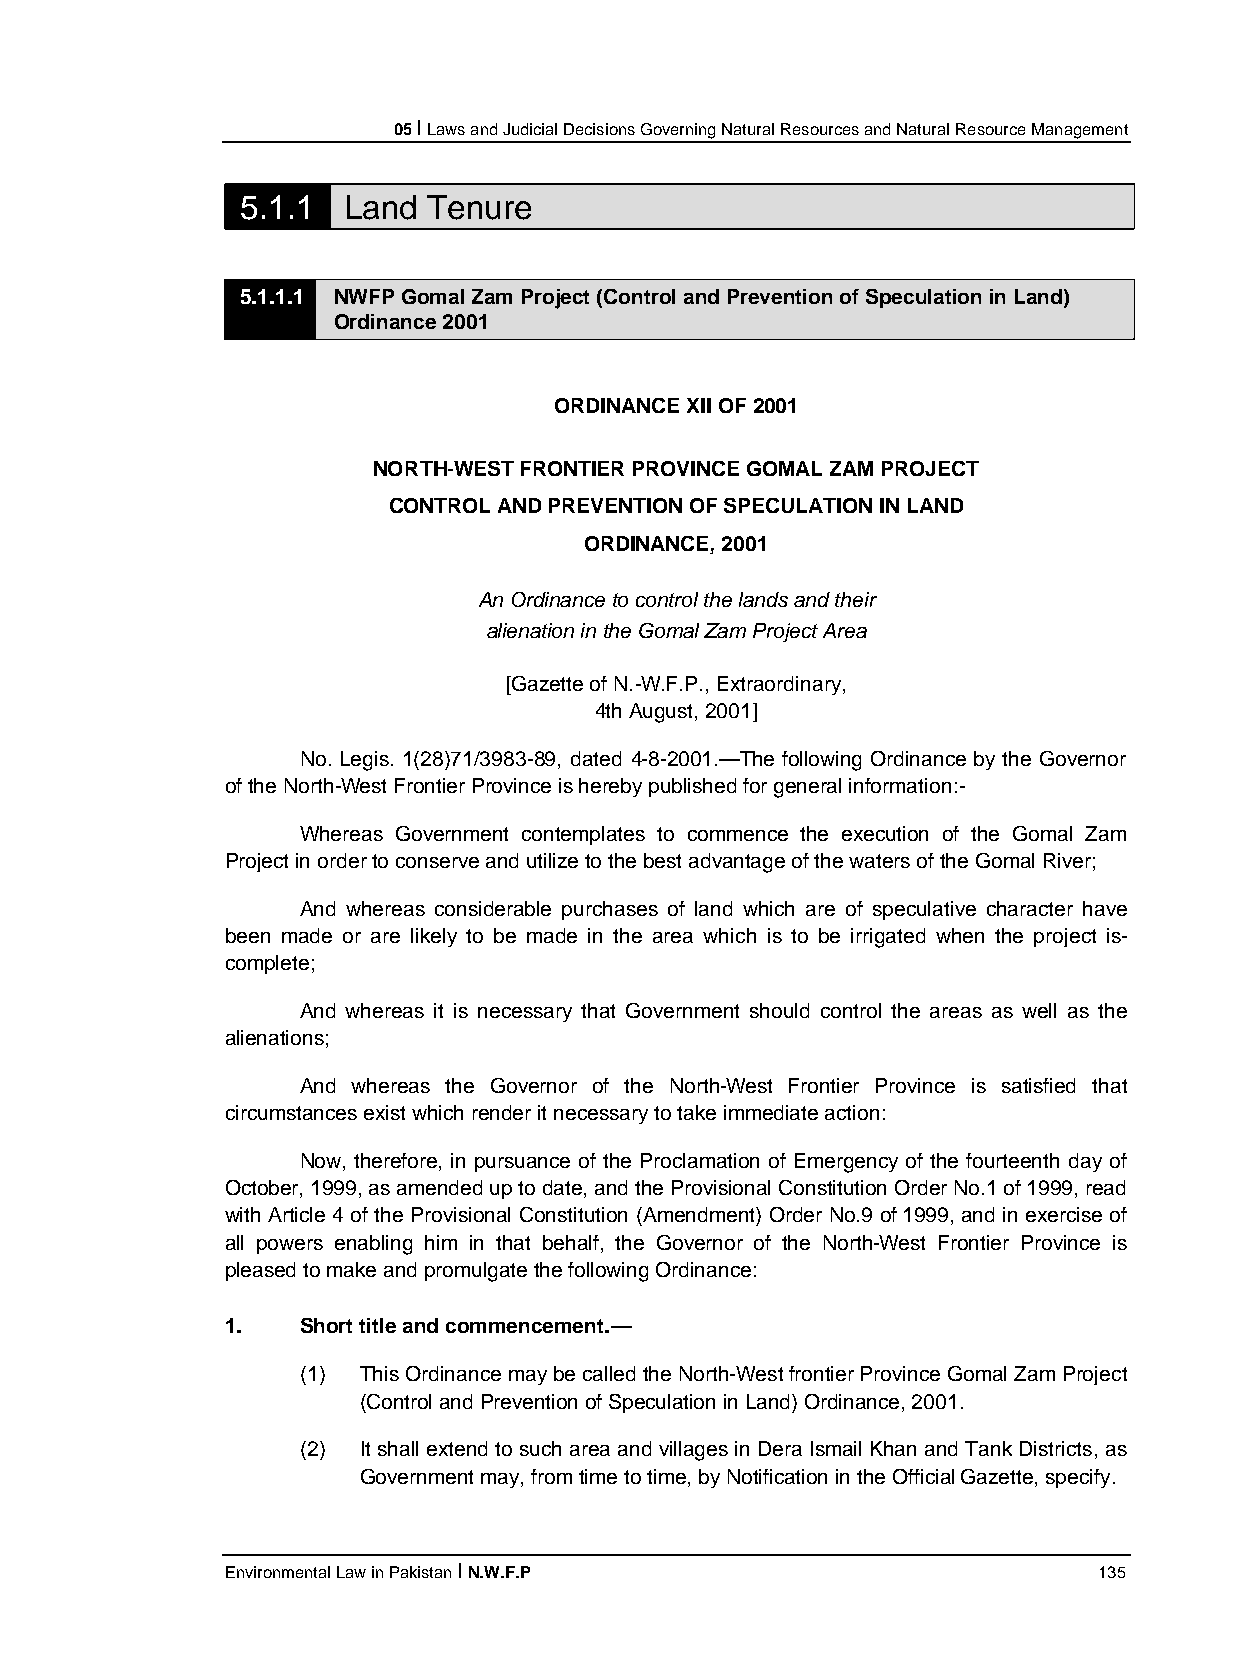
05 I Laws and Judicial Decisions Governing Natural Resources and Natural Resource Management
 5.1.1  Land Tenure
 5.1.1.1 NWFP Gomal Zam Project (Control and Prevention of Speculation in Land)
 Ordinance 2001
 ORDINANCE XII OF 2001
 NORTH-WEST FRONTIER PROVINCE GOMAL ZAM PROJECT
 CONTROL AND PREVENTION OF SPECULATION IN LAND
 ORDINANCE, 2001
 An Ordinance to control the lands and their
 alienation in the Gomal Zam Project Area
 [Gazette of N.-W.F.P., Extraordinary,
 4th August, 2001]
 No. Legis. 1(28)71/3983-89, dated 4-8-2001.—The following Ordinance by the Governor
 of the North-West Frontier Province is hereby published for general information:-
 Whereas Government contemplates to commence the execution of the Gomal Zam
 Project in order to conserve and utilize to the best advantage of the waters of the Gomal River;
 And whereas considerable purchases of land which are of speculative character have
 been made or are likely to be made in the area which is to be irrigated when the project is-
 complete;
 And whereas it is necessary that Government should control the areas as well as the
 alienations;
 And whereas the Governor of the North-West Frontier Province is satisfied that
 circumstances exist which render it necessary to take immediate action:
 Now, therefore, in pursuance of the Proclamation of Emergency of the fourteenth day of
 October, 1999, as amended up to date, and the Provisional Constitution Order No.1 of 1999, read
 with Article 4 of the Provisional Constitution (Amendment) Order No.9 of 1999, and in exercise of
 all powers enabling him in that behalf, the Governor of the North-West Frontier Province is
 pleased to make and promulgate the following Ordinance:
 1.   Short title and commencement.—
 (1) This Ordinance may be called the North-West frontier Province Gomal Zam Project
 (Control and Prevention of Speculation in Land) Ordinance, 2001.
 (2) It shall extend to such area and villages in Dera Ismail Khan and Tank Districts, as
 Government may, from time to time, by Notification in the Official Gazette, specify.
 Environmental Law in Pakistan I N.W.F.P                   135